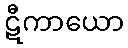
ဋီကာယော